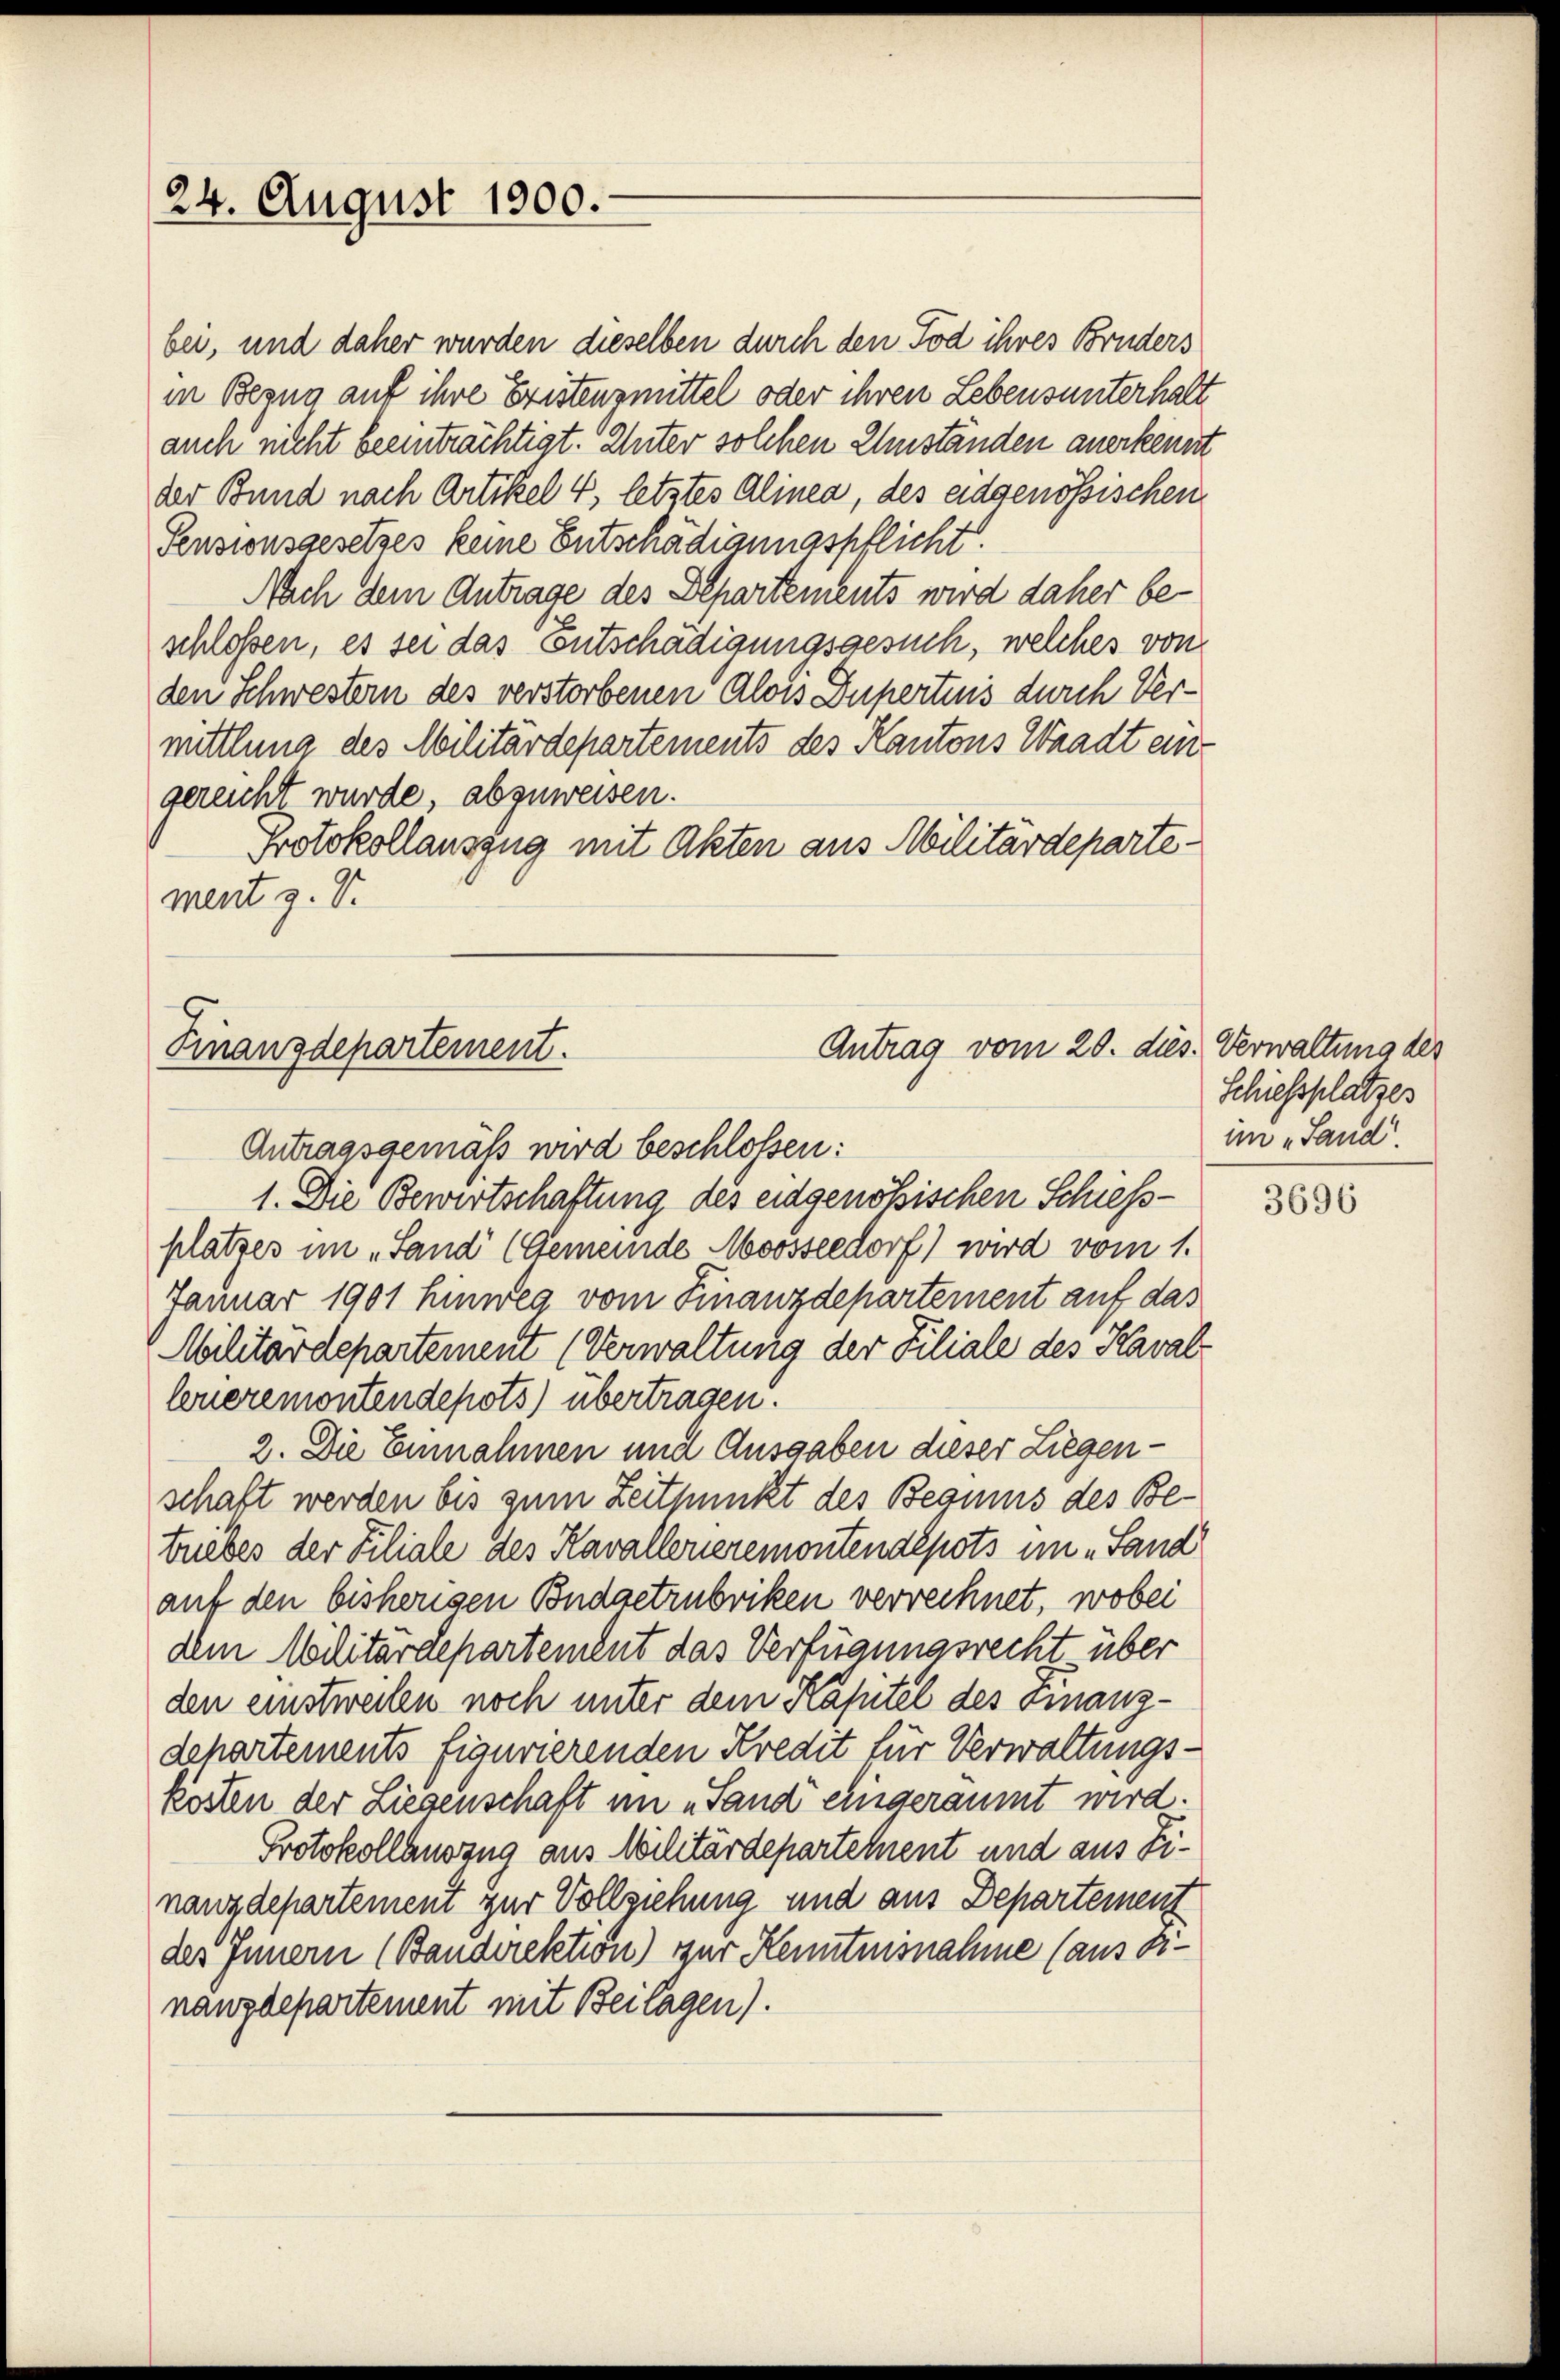
24. August 1900.

ber, und daher wurden dieselben durch den Tod ihres Bruders
in Bezug auf ihre Eristensmittel oder ihren Lebensunterhalt
auch nicht beeinträchtigt. Unter solchen Umständen anerkennt
der Bund nach Artikel 4, letztes Alinea, des eidgenössischen
Pensionsgesetzes keine Entschädigungspflicht.
Nach dem Antrage des Departements wird daher beschloßen, es sei das Entschädigungsgesuch, welches von
den Schwestern des verstorbenen Alois Dupertins durch Vermittlung des Militärdepartements des Kantons Waadt eingereicht wurde, abzuweisen.
Protokollauszug mit Akten aus Militärdepartement z. V.

Antrag vom 20. di
Finanzdepartement.

Antragsgemäß wird beschlossen:
1. Die Bewirtschaftung des eidgenößischen Schiess-
platzes im „Sand (Gemeinde Moosseedorf) wird vom 1.
Januar 1901 hinweg vom Finanzdepartement auf das
Militärdepartement (Verwaltung der Filiale des Kaval
loueremontendepots) übertragen.
2. Die Einnahmen und Ausgaben dieser Liegenschaft werden bis zum Zeitpunkt des Beguins des Betriebes der Filiale des Kavallerieremontendepots im „Land
auf den bisherigen Budgetrubriken verrechnet, wobei
dem Militärdepartement das Verfügungsrecht über
den einstweilen noch unter dem Kapitel des Finanzdepartements figurierenden Kredit für Verwaltungskörten der Liegenschaft im „Sand eingeräumt wird.
Protokollauszug aus Militärdepartement und aus Linanzdepartement zur Vollziehung und aus Departement
des Innern (Bandirektion) zur Kenntnisnahme (aus dinanzdepartement mit Beilagen).

is. Verwaltung des
Schiessplatzes
im „Land.

3696